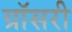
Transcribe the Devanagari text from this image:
ग्रॉसरी